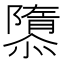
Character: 隳